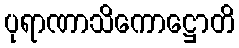
ပုရာဏာသိကောဋ္ဌောတိ